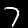
Label: 7